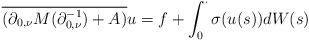
LaTeX: \begin{align*} \overline{(\partial_{0,\nu}M(\partial_{0,\nu}^{-1})+A)}u= f+ \int_0^{\cdot}\sigma(u(s))dW(s) \end{align*}